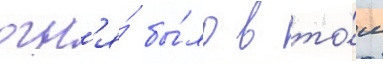
огн'я́ бы́ло в то́м